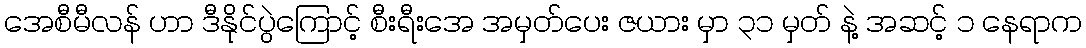
အေစီမီလန် ဟာ ဒီနိုင်ပွဲကြောင့် စီးရီးအေ အမှတ်ပေး ဇယား မှာ ၃၁ မှတ် နဲ့ အဆင့် ၁ နေရာက